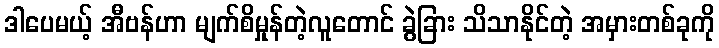
ဒါပေမယ့် အီဗန်ဟာ မျက်စိမှုန်တဲ့လူတောင် ခွဲခြား သိသာနိုင်တဲ့ အမှားတစ်ခုကို